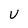
Character: U